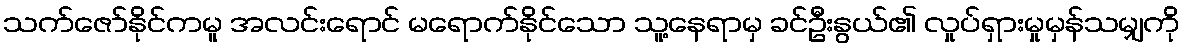
သက်ဇော်နိုင်ကမူ အလင်းရောင် မရောက်နိုင်သော သူ့နေရာမှ ခင်ဦးနွယ်၏ လှုပ်ရှားမှုမှန်သမျှကို